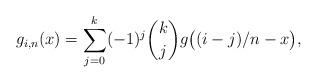
LaTeX: \begin{align*} g_{i,n}(x) = \sum_{j = 0}^{k}(-1)^j \binom{k}{j} g\bigl((i - j)/n - x\bigr),\end{align*}